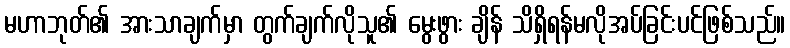
မဟာဘုတ်၏ အားသာချက်မှာ တွက်ချက်လိုသူ၏ မွေးဖွား ချိန် သိရှိရန်မလိုအပ်ခြင်းပင်ဖြစ်သည်။